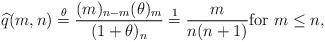
LaTeX: \begin{align*} \widehat{q}(m,n) \stackrel{\theta}{=} \frac{ (m)_{n-m} (\theta)_m }{ (1 + \theta)_{n} } \stackrel{1}{=} \frac{ m }{ n ( n+1) } \mbox{for}~m \le n,\end{align*}